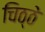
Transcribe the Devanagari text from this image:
चिठ्ठे